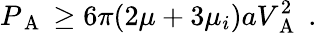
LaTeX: P_{\mathrm{~A~}}\geq 6\pi(2\mu+3\mu_{i})aV_{\mathrm{~A~}}^{2}\; .